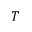
T